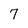
Character: 7